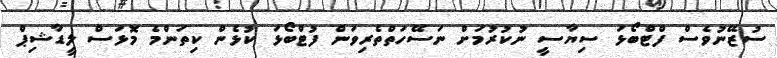
ސުޒޭނުވެސް ފްޓްބޯޅަ ސިޔާސީ ނުކުރުމަށް ނަސޭހަތްތެރިވަން ފުޓްބޯޅަ ކުޅެން ކިތަންމެ މޮޅަސް ލީޑާޝިޕް